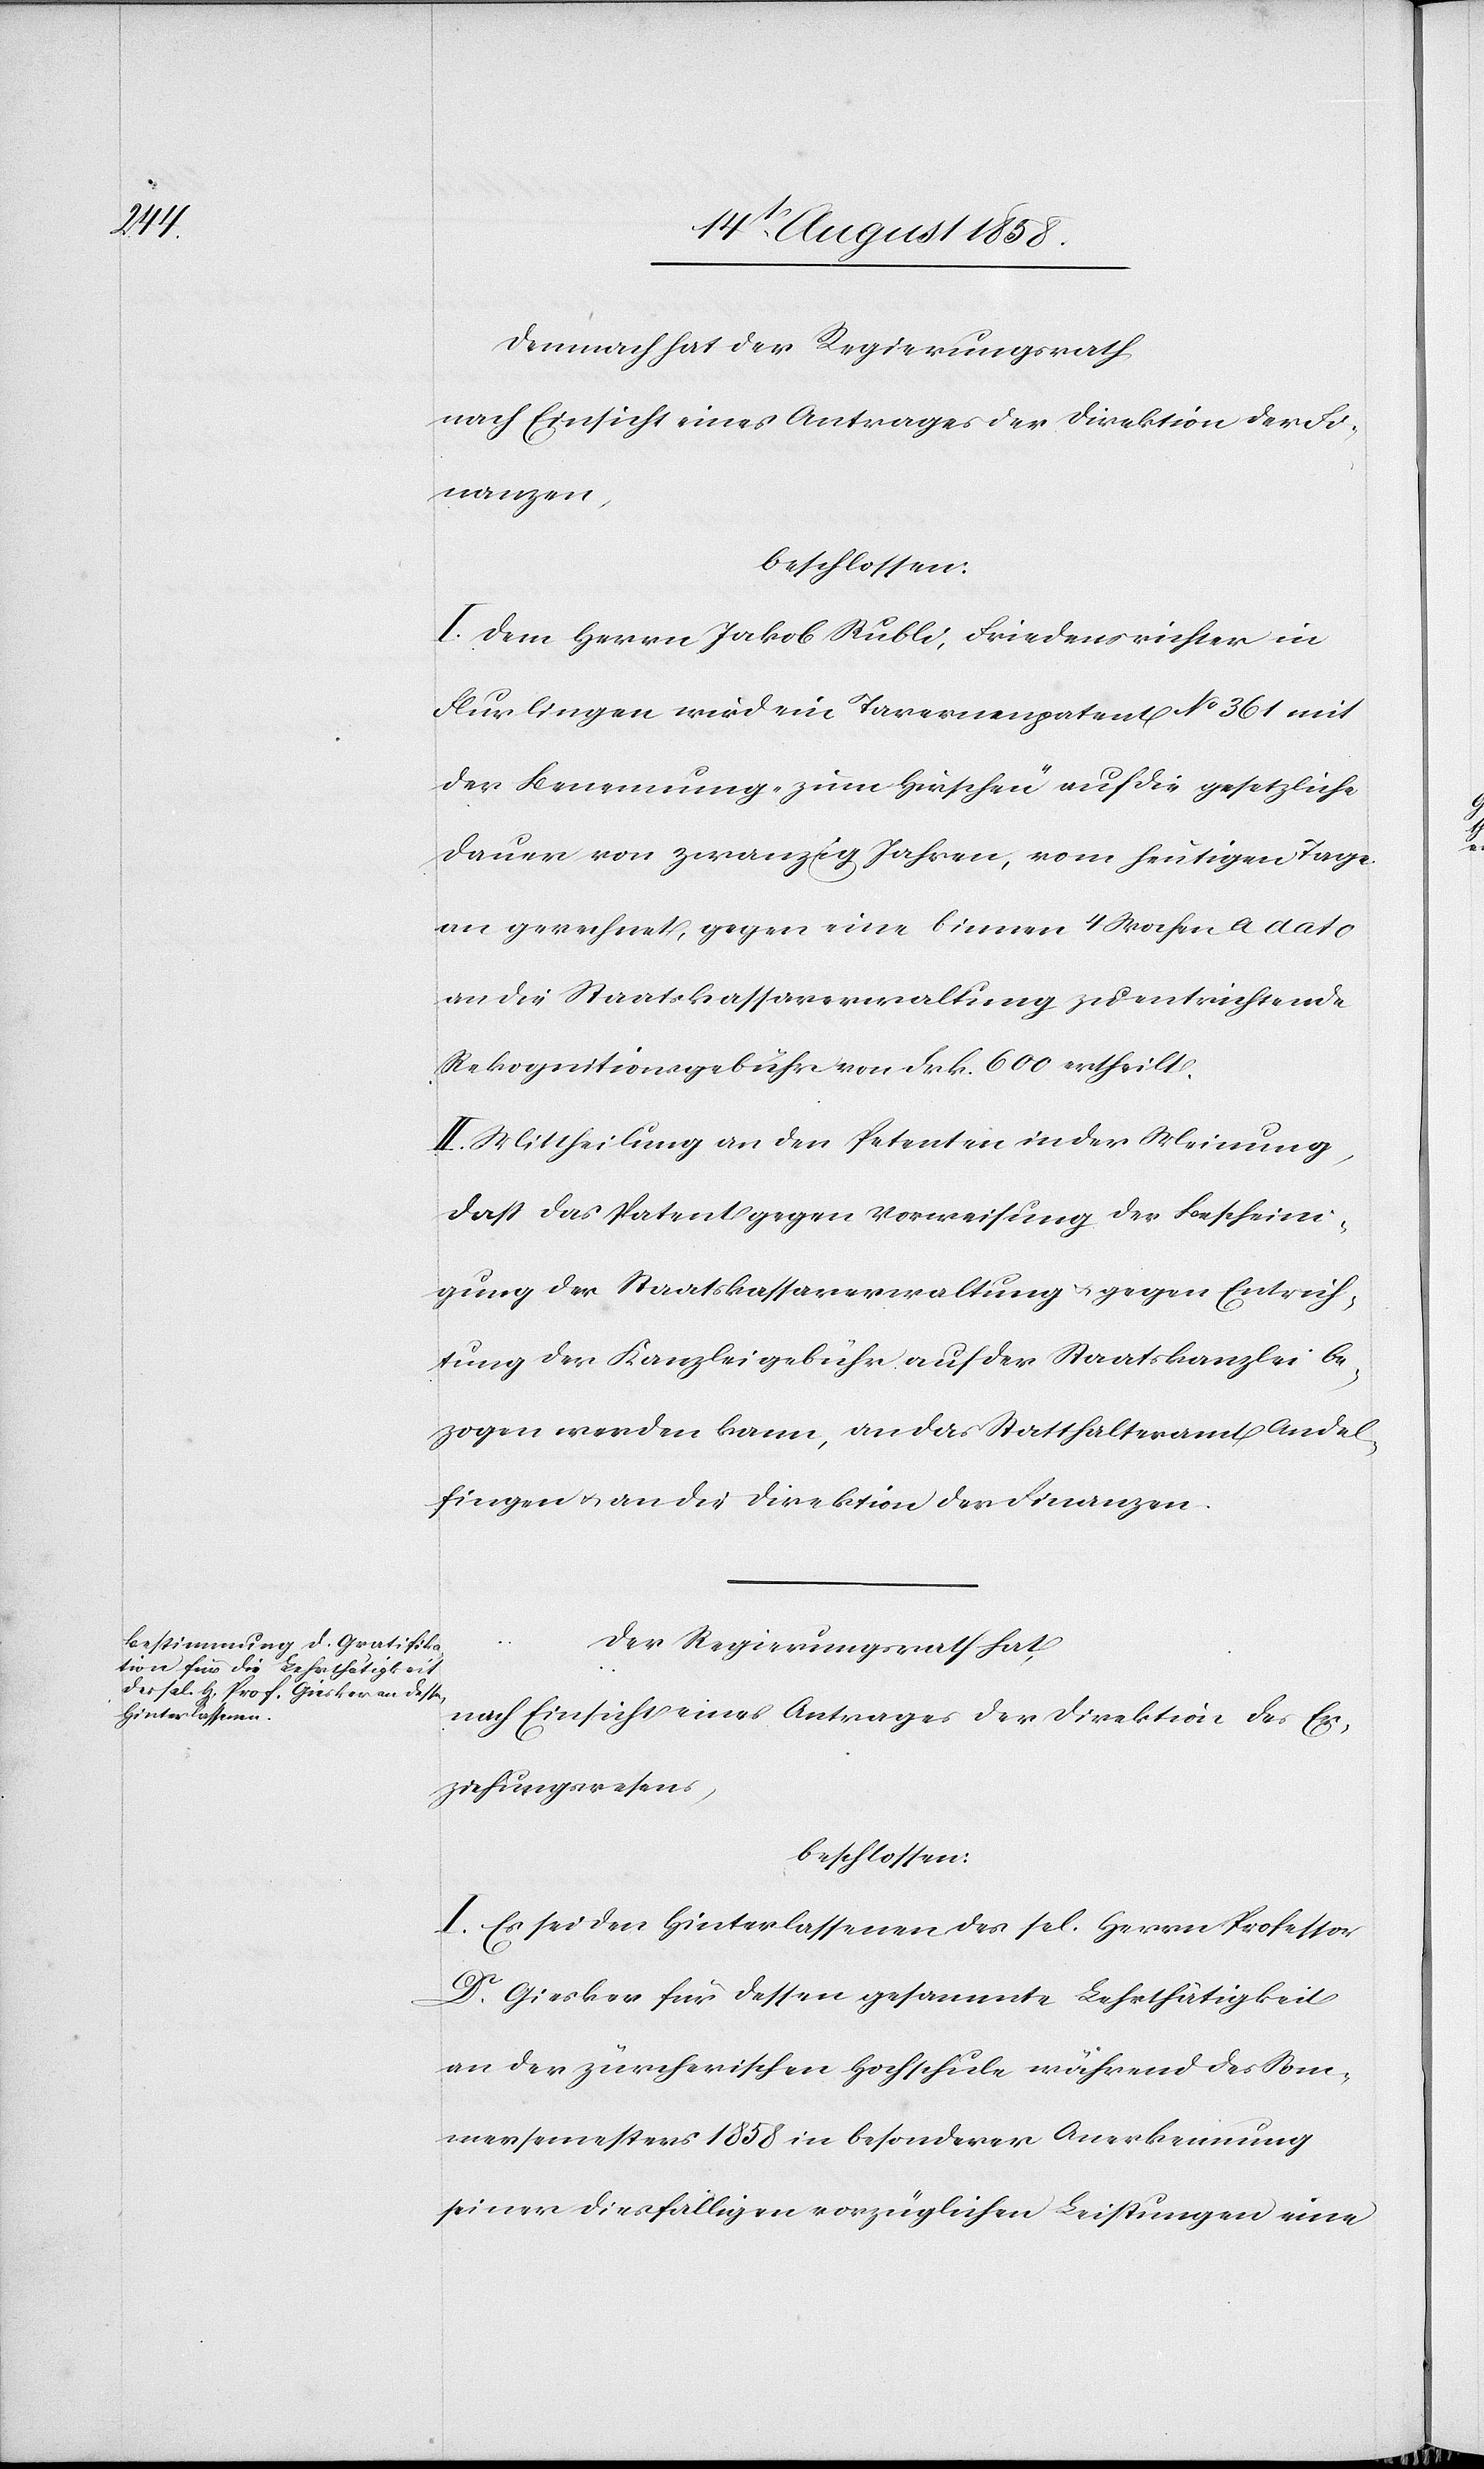
Demnach hat der Regierungsrath
nach Einsicht eines Antrages der Direktion der Fi¬
nanzen,
beschlossen:
I. Dem Herrn Jakob Rubli, Friedensrichter in
Flurlingen wird ein Tavernenpatent No 361 mit
der Benennung „zum Hirschen“ auf die gesetzliche
Dauer von zwanzig Jahren, vom heutigen Tage
an gerechnet, gegen eine binnen 4 Wochen a dato
an die Staatskassaverwaltung zu entrichtende
Rekognitionsgebühr von Frk. 600 ertheilt.
II. Mittheilung an den Petenten in der Meinung,
dass das Patent gegen Vorweisung der Bescheini¬
gung der Staatskassaverwaltung & gegen Entrich¬
tung der Kanzleigebühr auf der Staatskanzlei be¬
zogen werden kann, an das Statthalteramt Andel¬
fingen & an die Direktion der Finanzen.
Der Regierungsrath hat,
nach Einsicht eines Antrages der Direktion des Er¬
ziehungswesens,
beschlossen:
I. Es sei den Hinterlassenen des sel. Herrn Professor
Dr. Giesker für dessen gesammte Lehrthätigkeit
an der zürcherischen Hochschule während des Som¬
mersemesters 1858 in besonderer Anerkennung
seiner diesfälligen vorzüglichen Leistungen eine